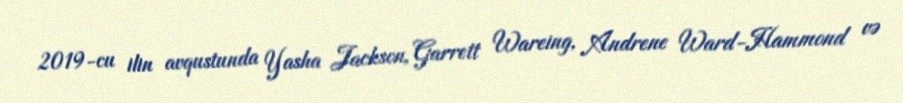
2019-cu ilin avqustunda Yasha Jackson, Garrett Wareing, Andrene Ward-Hammond və